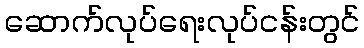
ဆောက်လုပ်ရေးလုပ်ငန်းတွင်